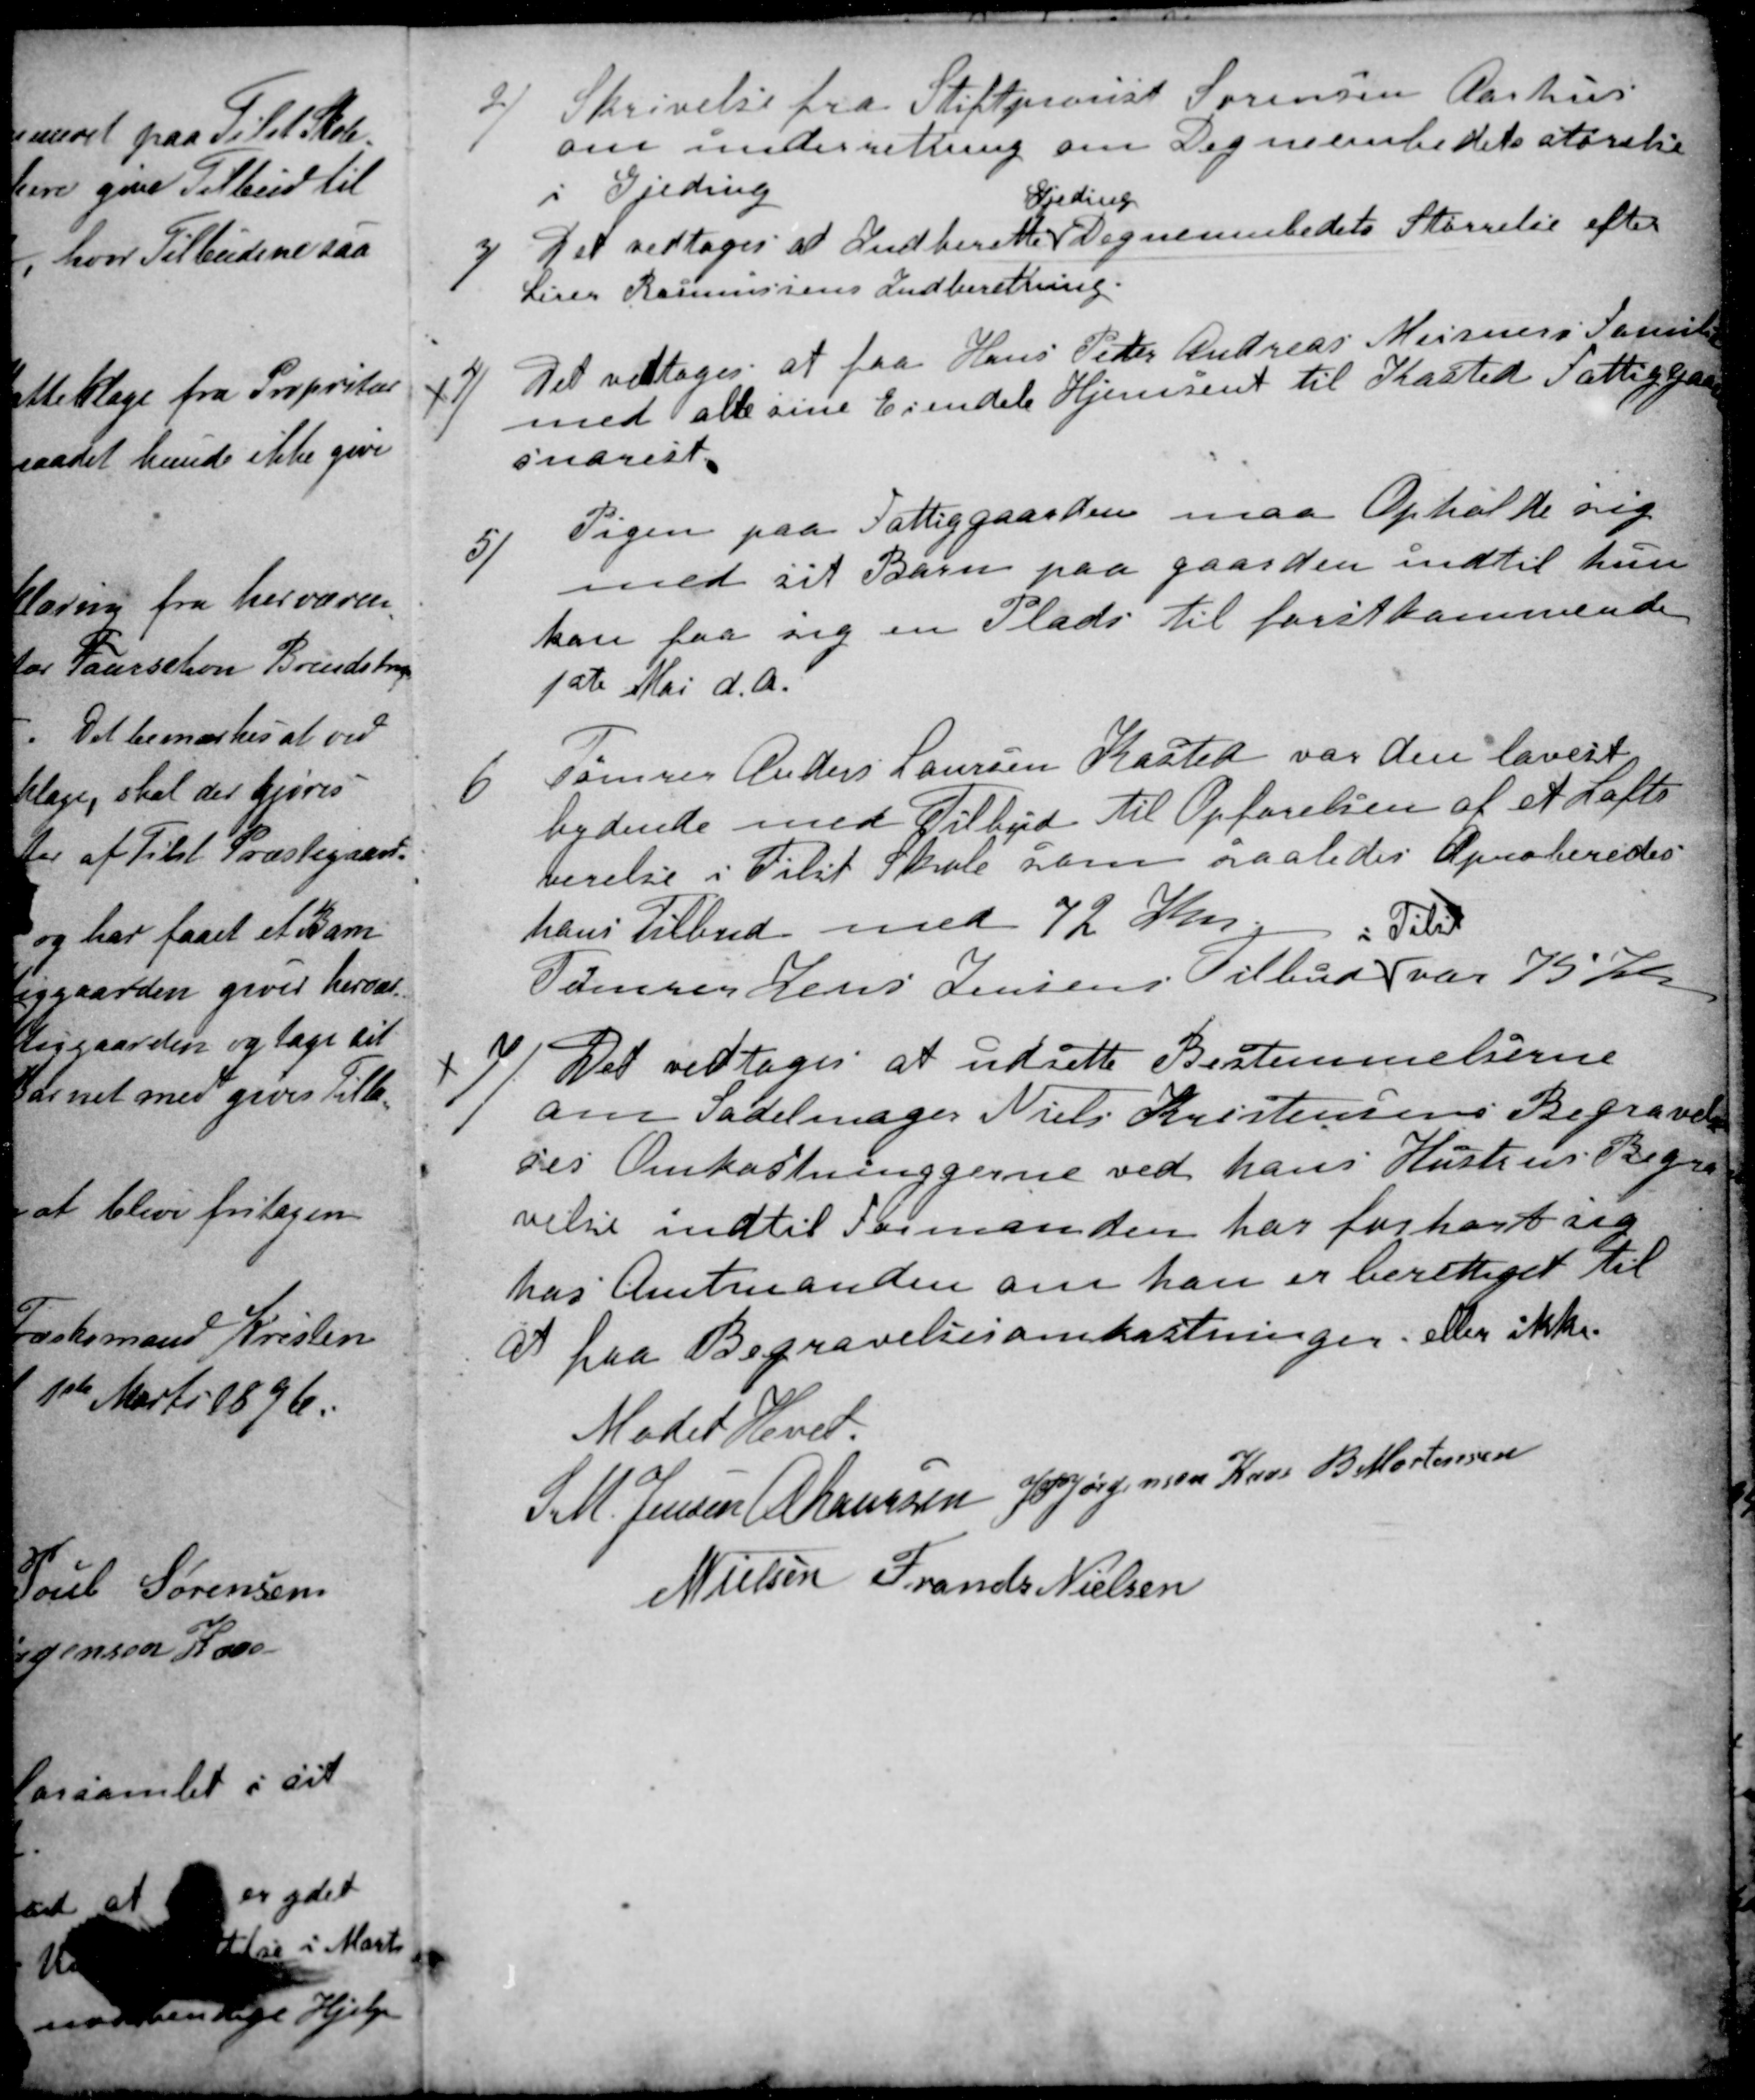
Transskription:
2)
Skrivelse fra Stiftprovst Sørensen Aarhus
om underretning om Degneembedets størelse
i Gjeding
3)
Det vedtoges at Indberette
Gjeding
Degneembedets Størrelse efter
Lærer Rasmussens Indberetning.
4)
Det vedtoges at faa Hans Peder Andreas Meisners Familie
med alle sine Eiendele Hjemsent til Kasted Fattiggaard
snarest.
5)
Pigen paa Fattiggaarden maa Opholde sig
med sit Barn paa gaarden indtil hun
kan faa sig en Plads til førstkommende
1ste Mai d. A.
6
Tømrer Anders Laursen Kasted var den lavest
bydende med Tilbud til Opførelsen af et Lofts
verelse i Tilst Skole som saaledes Aproberedes
hans Tilbud med 72 Kr
Tømrer Jens Jensens Tilbud
i Tilst
var 75 Kr.
7)
Det vedtoges at udsette Bestemmelserne
om Sadelmager Niels Kristensens Begravel-
ses Omkostninggerne ved hans Hustrus Begra
velse indtil Formanden har forhørt sig
hos Amtmanden om han er berettiget til
at faa Begravelsesomkostninger. eller ikke.
Mødet Hevet.
S. M. Jensen
A Laursen
J PJørgensen Kaae
B Mortensen
N Nielsen
Frands Nielsen